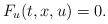
LaTeX: \begin{align*} {F}_u (t,x,u) = 0. \end{align*}